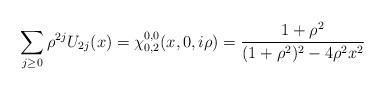
LaTeX: \begin{align*}\sum_{j\geq0}\rho^{2j}U_{2j}(x)=\chi_{0,2}^{0,0}(x,0,i\rho)=\frac{1+\rho^{2}}{(1+\rho^{2})^{2}-4\rho^{2}x^{2}} \end{align*}